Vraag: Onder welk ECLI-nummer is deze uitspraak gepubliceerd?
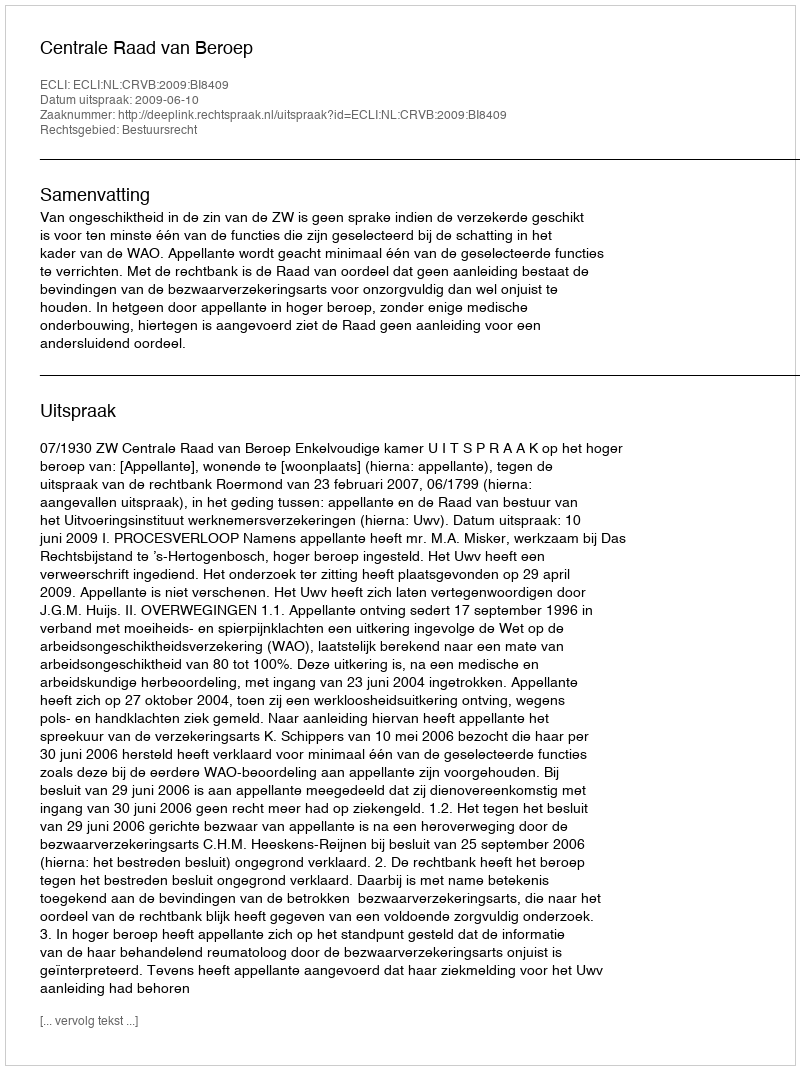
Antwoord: ECLI:NL:CRVB:2009:BI8409